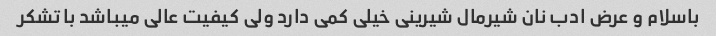
باسلام و عرض ادب نان شیرمال شیرینی خیلی کمی دارد ولی کیفیت عالی میباشد با تشکر